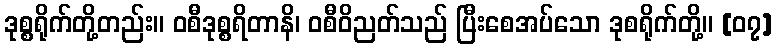
ဒုစ္စရိုက်တို့တည်း။ ဝစီဒုစ္စရိတာနိ၊ ဝစီဝိညတ်သည် ပြီးစေအပ်သော ဒုစရိုက်တို့။ [၀၇]